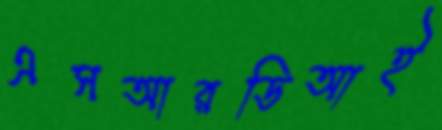
এসআরডিআই